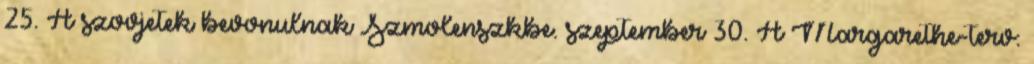
25. A szovjetek bevonulnak Szmolenszkbe. szeptember 30. A Margarethe-terv: